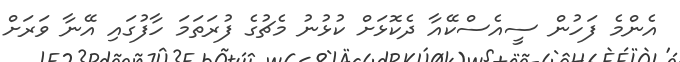
އެންމެ ފަހުން ސީއެސްކޭއާ ދެކޮޅަށް ކުޅުނު މެޗުގެ ފުރަތަމަ ހާފުގައި އޭނާ ވަރަށް